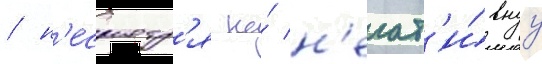
/ н'есмотр'я на́ н'егат'и́внуу